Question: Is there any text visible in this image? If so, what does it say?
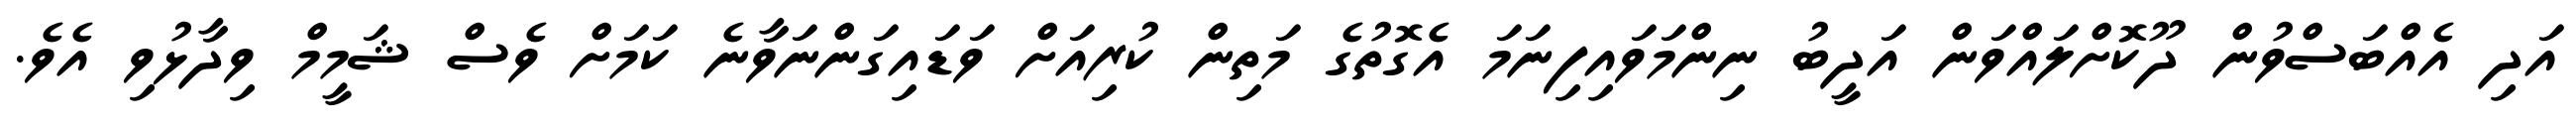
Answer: އަދި އެއްބަސްވުން ދޫކޮށްލައްވަން އަދީބު ނިންމަވައިފިނަމަ އެގޮތުގެ މަތިން ކުރިއަށް ވަޑައިގަންނަވާނެ ކަމަށް ވެސް ޝަމީމް ވިދާޅުވި އެވެ.